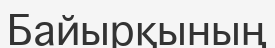
Байырқының